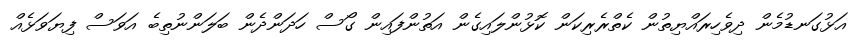
އަޅުގަނޑުމެން ދިވެހިރައްޔިތުން ކެތްރެރިކަން ކޮޅުންލައިގެން އަތުންފައިން ގޯސް ހަދަންދެން ބަލަންނުތިބެ އަވަސް ފިޔަވަޅެއް